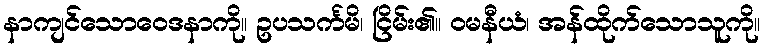
နာကျင်သောဝေဒနာကို။ ဥပသင်္ကမိ၊ ငြိမ်း၏။ ဝမနီယံ၊ အန်ထိုက်သောသူကို။